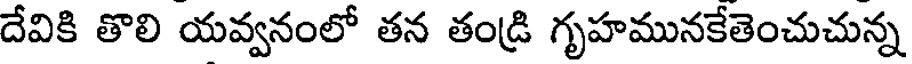
దేవికి తొలి యవ్వనంలో తన తండ్రి గృహమునకేతెంచుచున్న